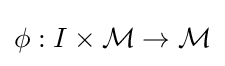
\phi :I\times {\mathcal {M}}\to {\mathcal {M}}